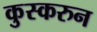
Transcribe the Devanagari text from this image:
कुस्करुन